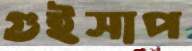
গুইসাপ